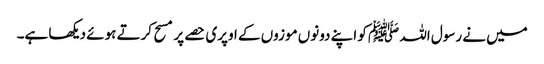
میں نے رسول اللہ ﷺ کو اپنے دونوں موزوں کے اوپری حصے پر مسح کرتے ہوئے دیکھا ہے۔